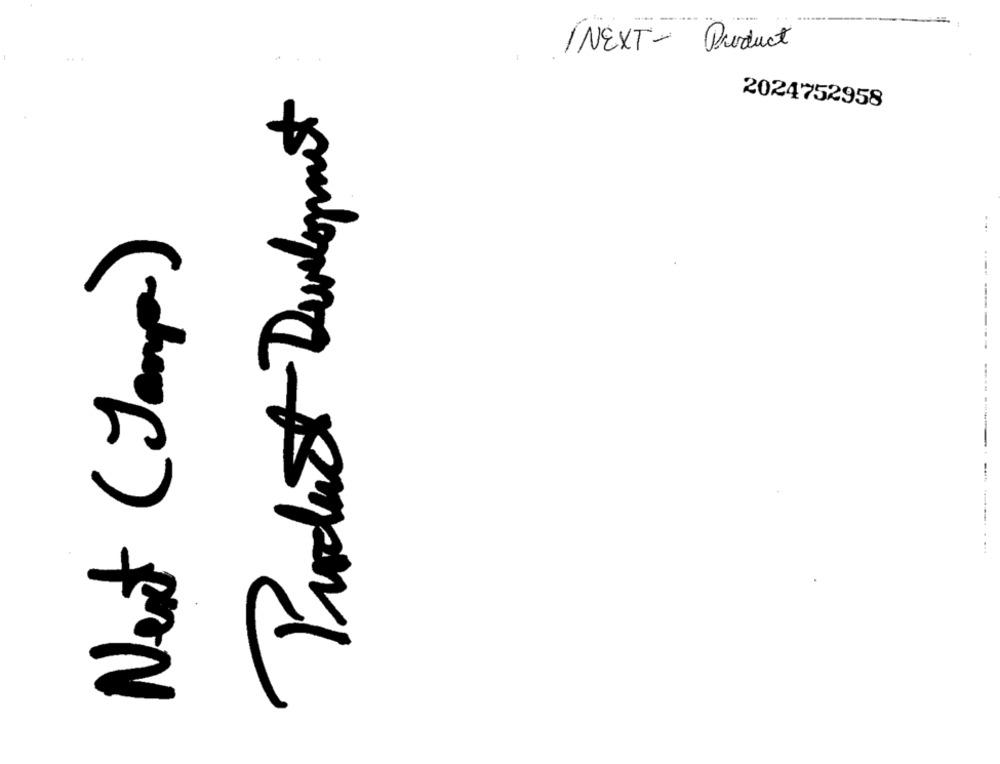
INEXT- Product
Product Development
2024752958
Next ( Jamps)
-